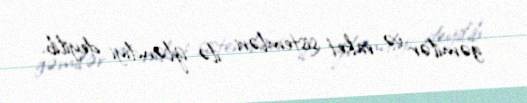
gəmilər və raket sistemləri ilə izləndiyi deyilib.